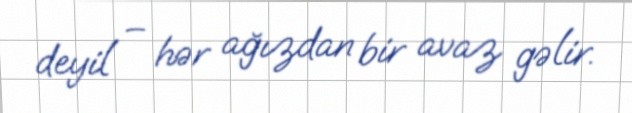
deyil – hər ağızdan bir avaz gəlir.